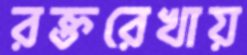
রক্তরেখায়